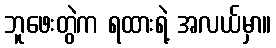
ဘူဖေးတွဲက ရထားရဲ့ အလယ်မှာ။